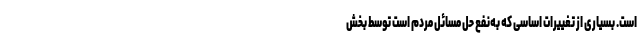
است. بسیاری از تغییرات اساسی که به‌نفع حل مسائل مردم است توسط بخش